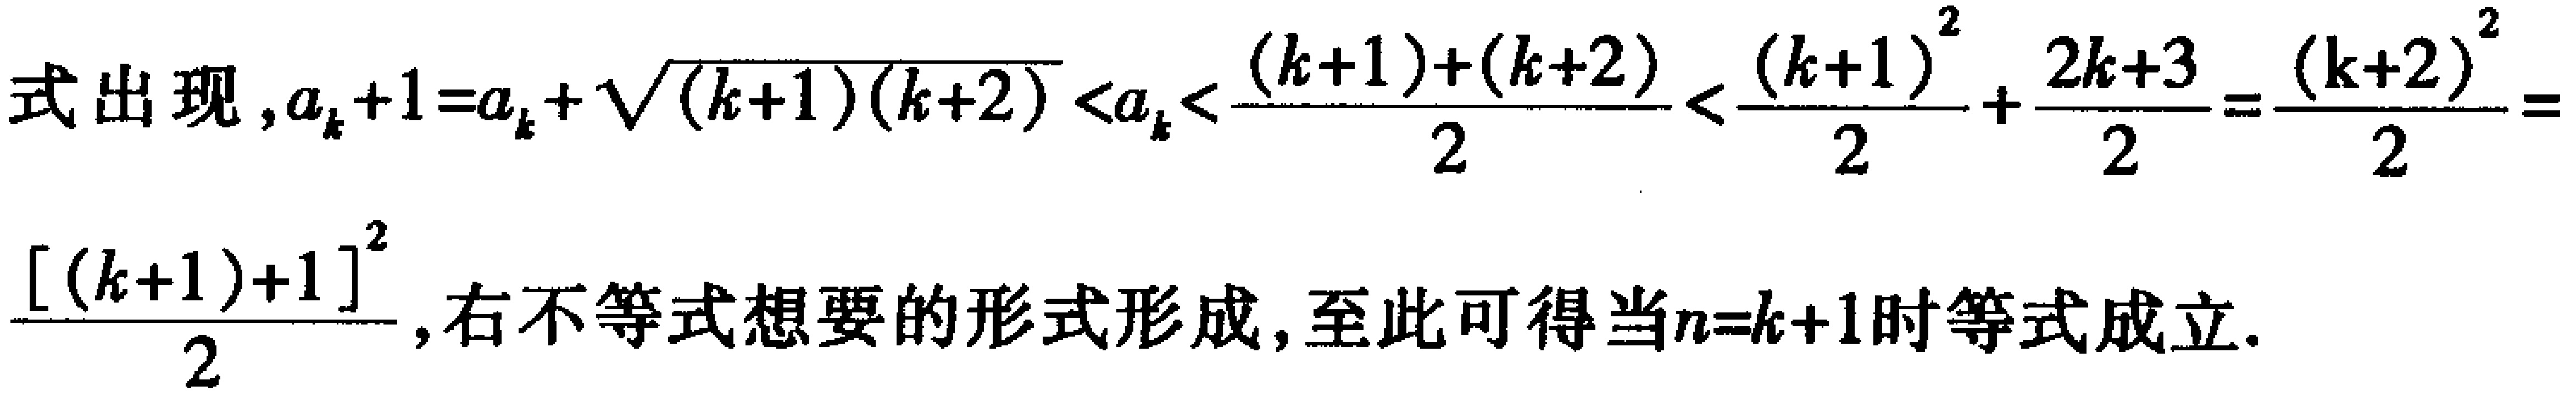
式出现, \(a_{k + 1}=a_{k}+\sqrt{(k + 1)(k + 2)}<a_{k}<\frac{(k + 1)+(k + 2)}{2}<\frac{(k + 1)^{2}}{2}+\frac{2k + 3}{2}=\frac{(k + 2)^{2}}{2}=\frac{[(k + 1)+1]^{2}}{2}\), 右不等式想要的形式形成, 至此可得当\(n = k + 1\)时等式成立.